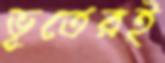
ভূতেরই